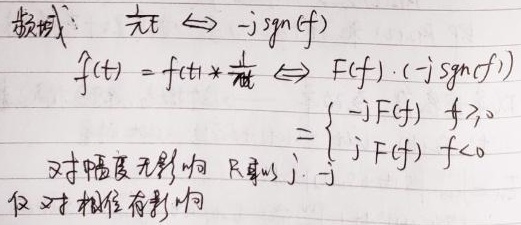
频域：
\(\frac{1}{\pi t} \Leftrightarrow - \mathrm{j}\mathrm{sgn}(f)\)

\[
\begin{align*}
\hat{f}(t)=f(t)*\frac{1}{\pi t}&\Leftrightarrow F(f)\cdot(-\mathrm{j}\mathrm{sgn}(f))\\
&=\begin{cases}
-\mathrm{j}F(f) & f>0\\
\mathrm{j}F(f) & f<0
\end{cases}
\end{align*}
\]

对幅度无影响，只乘以 \(\mathrm{j}\)，\(-\mathrm{j}\)仅对相位有影响